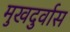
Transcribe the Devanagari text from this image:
मुखदुर्वास